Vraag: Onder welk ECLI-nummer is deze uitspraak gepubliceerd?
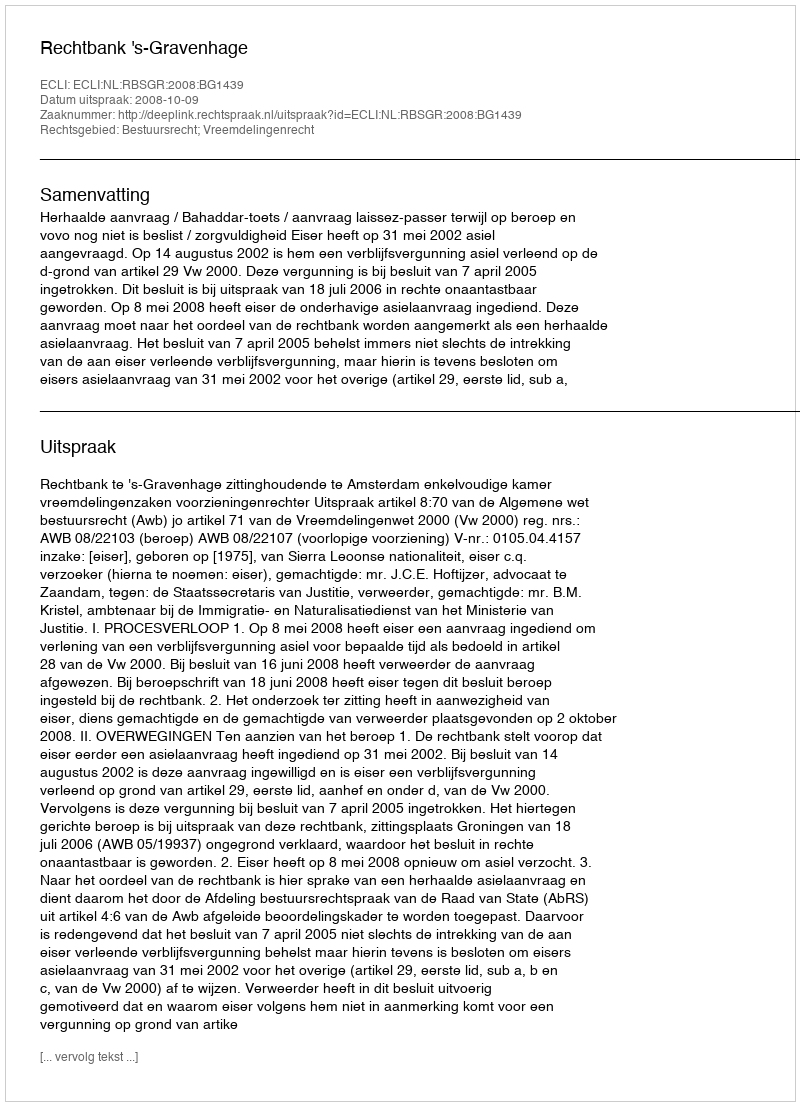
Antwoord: ECLI:NL:RBSGR:2008:BG1439